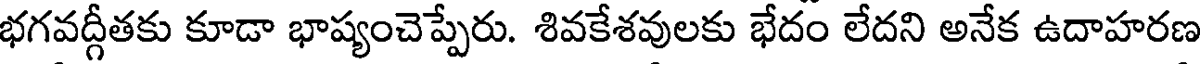
భగవద్గీతకు కూడా భాష్యంచెప్పేరు. శివకేశవులకు భేదం లేదని అనేక ఉదాహరణ